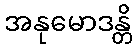
အနုမောဒန္တိ